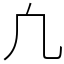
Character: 凢